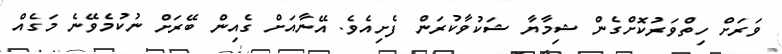
ވަރަށް ހިތްވަރުކޮށްގެން ޝިމާޔާ ޝަކުވާކުރަން ފެށިއެވެ. އޭނާއަށް ގެއިން ބޭރަށް ނުކުމެވޭނެ މަގެއް